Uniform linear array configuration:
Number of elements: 24
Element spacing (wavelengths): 0.75
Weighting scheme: binomial
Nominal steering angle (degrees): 45
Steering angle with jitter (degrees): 43.562
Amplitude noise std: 0.05
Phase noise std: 0.05

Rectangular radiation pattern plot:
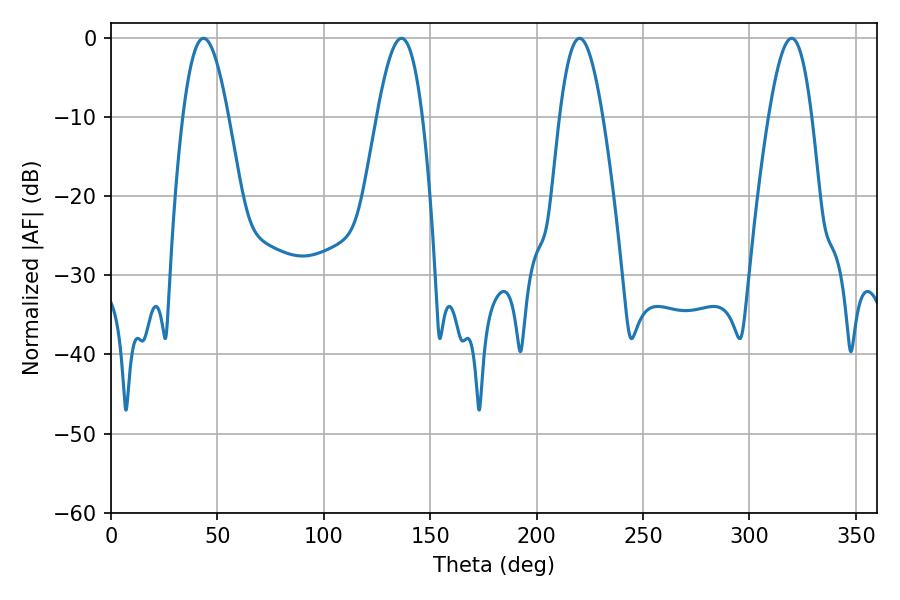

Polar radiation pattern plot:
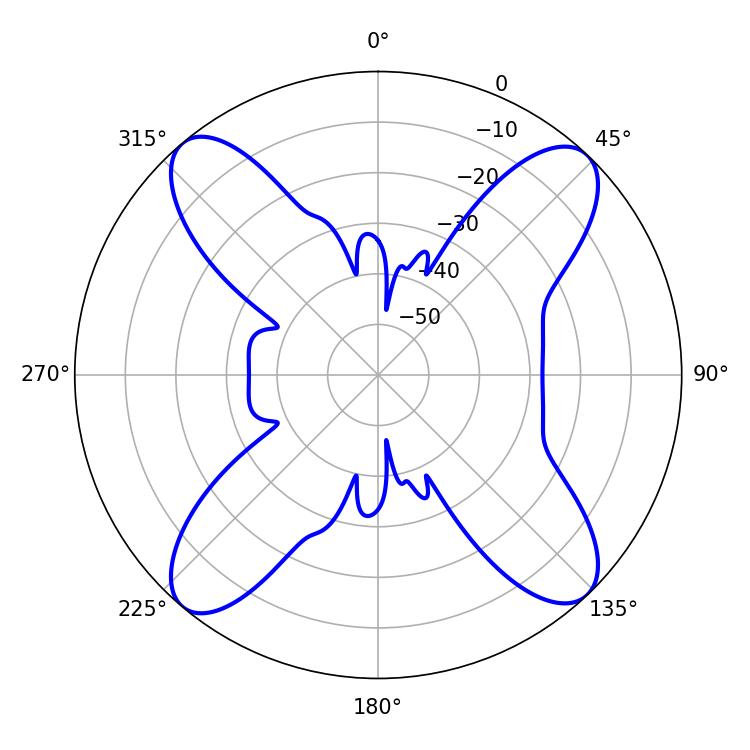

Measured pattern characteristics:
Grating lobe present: TRUE
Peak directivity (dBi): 17.309
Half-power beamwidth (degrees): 10.98
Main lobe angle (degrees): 220.14